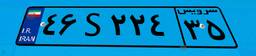
۹۴S۴۲۷۴۸